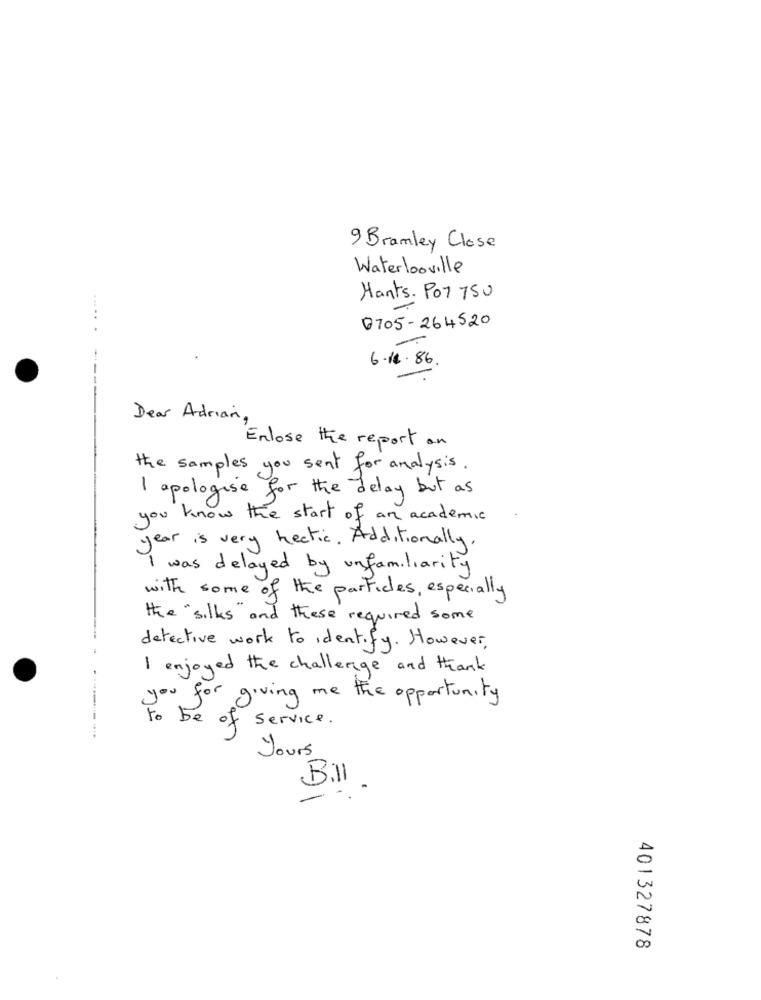
9 Bramley Close
Waterlooville
Mants. Por 750
0705- 264520
6.18.86.
Dear Adriani,
Enlose the report an
the samples you sent for analysis.
I apologise for the delay but as
you know the start of an academic
year is very hectic. Additionally.
I was delayed by unfamiliarity
with some of the particles, especially
the "silks" and these required some
detective work to Identify. However,
I enjoyed the challenge and thank
you for giving me the opportunity
To be
ofs
Service .
Jours
Bill
-
401327878